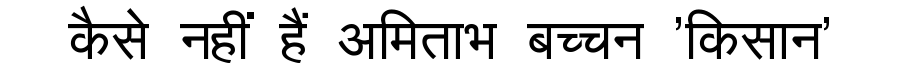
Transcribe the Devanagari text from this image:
कैसे नहीं हैं अमिताभ बच्चन 'किसान'